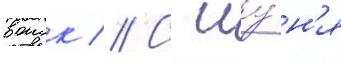
воиск // С иу́н'я